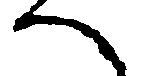
へ